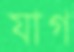
যাগ